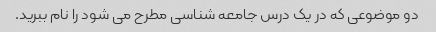
دو موضوعی که در یک درس جامعه شناسی مطرح می شود را نام ببرید.